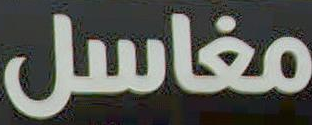
مغاسل